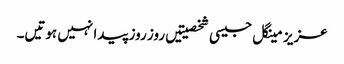
عزیز مینگل جیسی شخصیتیں روز روز پیدا نہیں ہوتیں۔